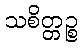
သစိတ္တဉ္စ